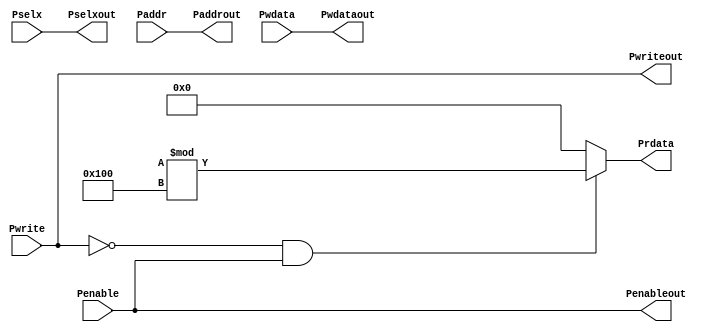
module APB_Interface(
    input Pwrite, // Control signal
    input Penable, // Strobe signal
    input [2:0] Pselx, // Select signal
    input [31:0] Paddr, // Address signal
    input [31:0] Pwdata, // Write data
    output Pwriteout,
    output Penableout,
    output [2:0] Pselxout,
    output [31:0] Paddrout,
    output [31:0] Pwdataout,
    output reg [31:0] Prdata);

assign Penableout=Penable;
assign Pselxout=Pselx;
assign Pwriteout=Pwrite;
assign Paddrout=Paddr;
assign Pwdataout=Pwdata;

always@(*)
 begin
  if (~Pwrite && Penable) // Enabled read transfer
   Prdata=($random)%256; // Randomizes a message that is less than 256 (maximum value of 8-bits message)
  else
   Prdata=0;
 end

endmodule